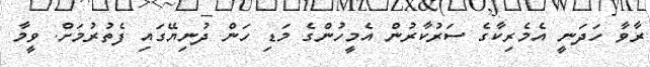
ރާވާ ހަދަނީ އެމެރިކާގެ ސަރުކާރުން އެމީހުންގެ މަޑި ހަން ދުނިޔޭގައި ފެތުރުމަށް. ވީމާ